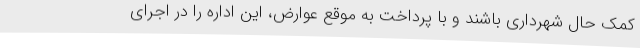
کمک حال شهرداری باشند و با پرداخت به موقع عوارض، این اداره را در اجرای